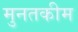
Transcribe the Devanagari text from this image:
मुनतकीम